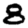
Digit: 8